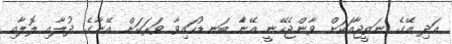
އަދި އޭގެ ނަތީޖާއަކަށް ވާންޖެހޭނީ އޭނާެ ބަނޑުހައިވާ ވަރަކަށް އޭނާގެ ދުލާއި ލޮލާއި